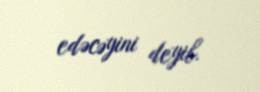
edəcəyini deyib.